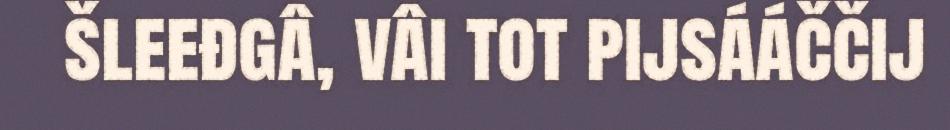
šleeđgâ, vâi tot pijsááččij